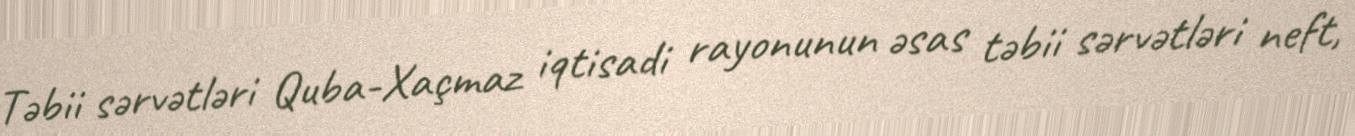
Təbii sərvətləri Quba-Xaçmaz iqtisadi rayonunun əsas təbii sərvətləri neft,